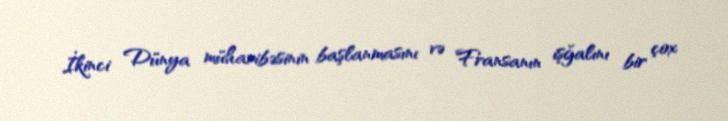
İkinci Dünya müharibəsinin başlanmasını və Fransanın işğalını bir çox